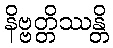
နိဗ္ဗတ္တိဿန္တိ